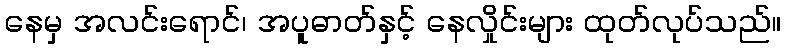
နေမှ အလင်းရောင်၊ အပူဓာတ်နှင့် နေလှိုင်းများ ထုတ်လုပ်သည်။